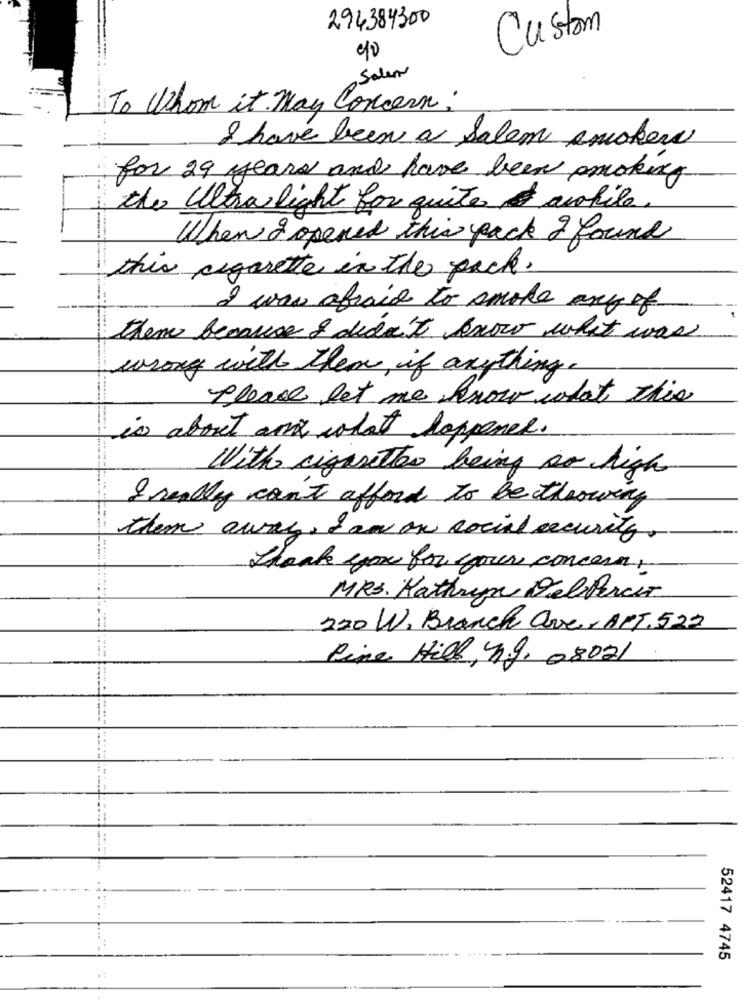
294384300
Custom
90
Salen
To Whom it May Concern:
I have been a salem smokers
for 29 years and have been smoking
the Ultra light for quite & achile
When I opened this pack I found
this cigarette in the pack.
I was afraid to smoke any of
them because & didn't know what was
wrong with them , if anything.
Please let me know what this
is about and what happened.
With cigarettes being so high
I really can't afford to be throwing
them away, I am on social security.
thank you for your concern :-
MRS. Kathryn DelParcer
220 W, Branch ave, APT. 523
Fine Hill, n.9, 08021
52417 4745